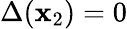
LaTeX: \Delta(\mathbf{x}_{2})=0